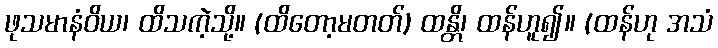
ဖုသမာနံဝိယ၊ ထိသကဲ့သို့။ (ထိတော့မတတ်) ထန္တိ၊ ထန်ဟူ၍။ (ထန်ဟု အသံ